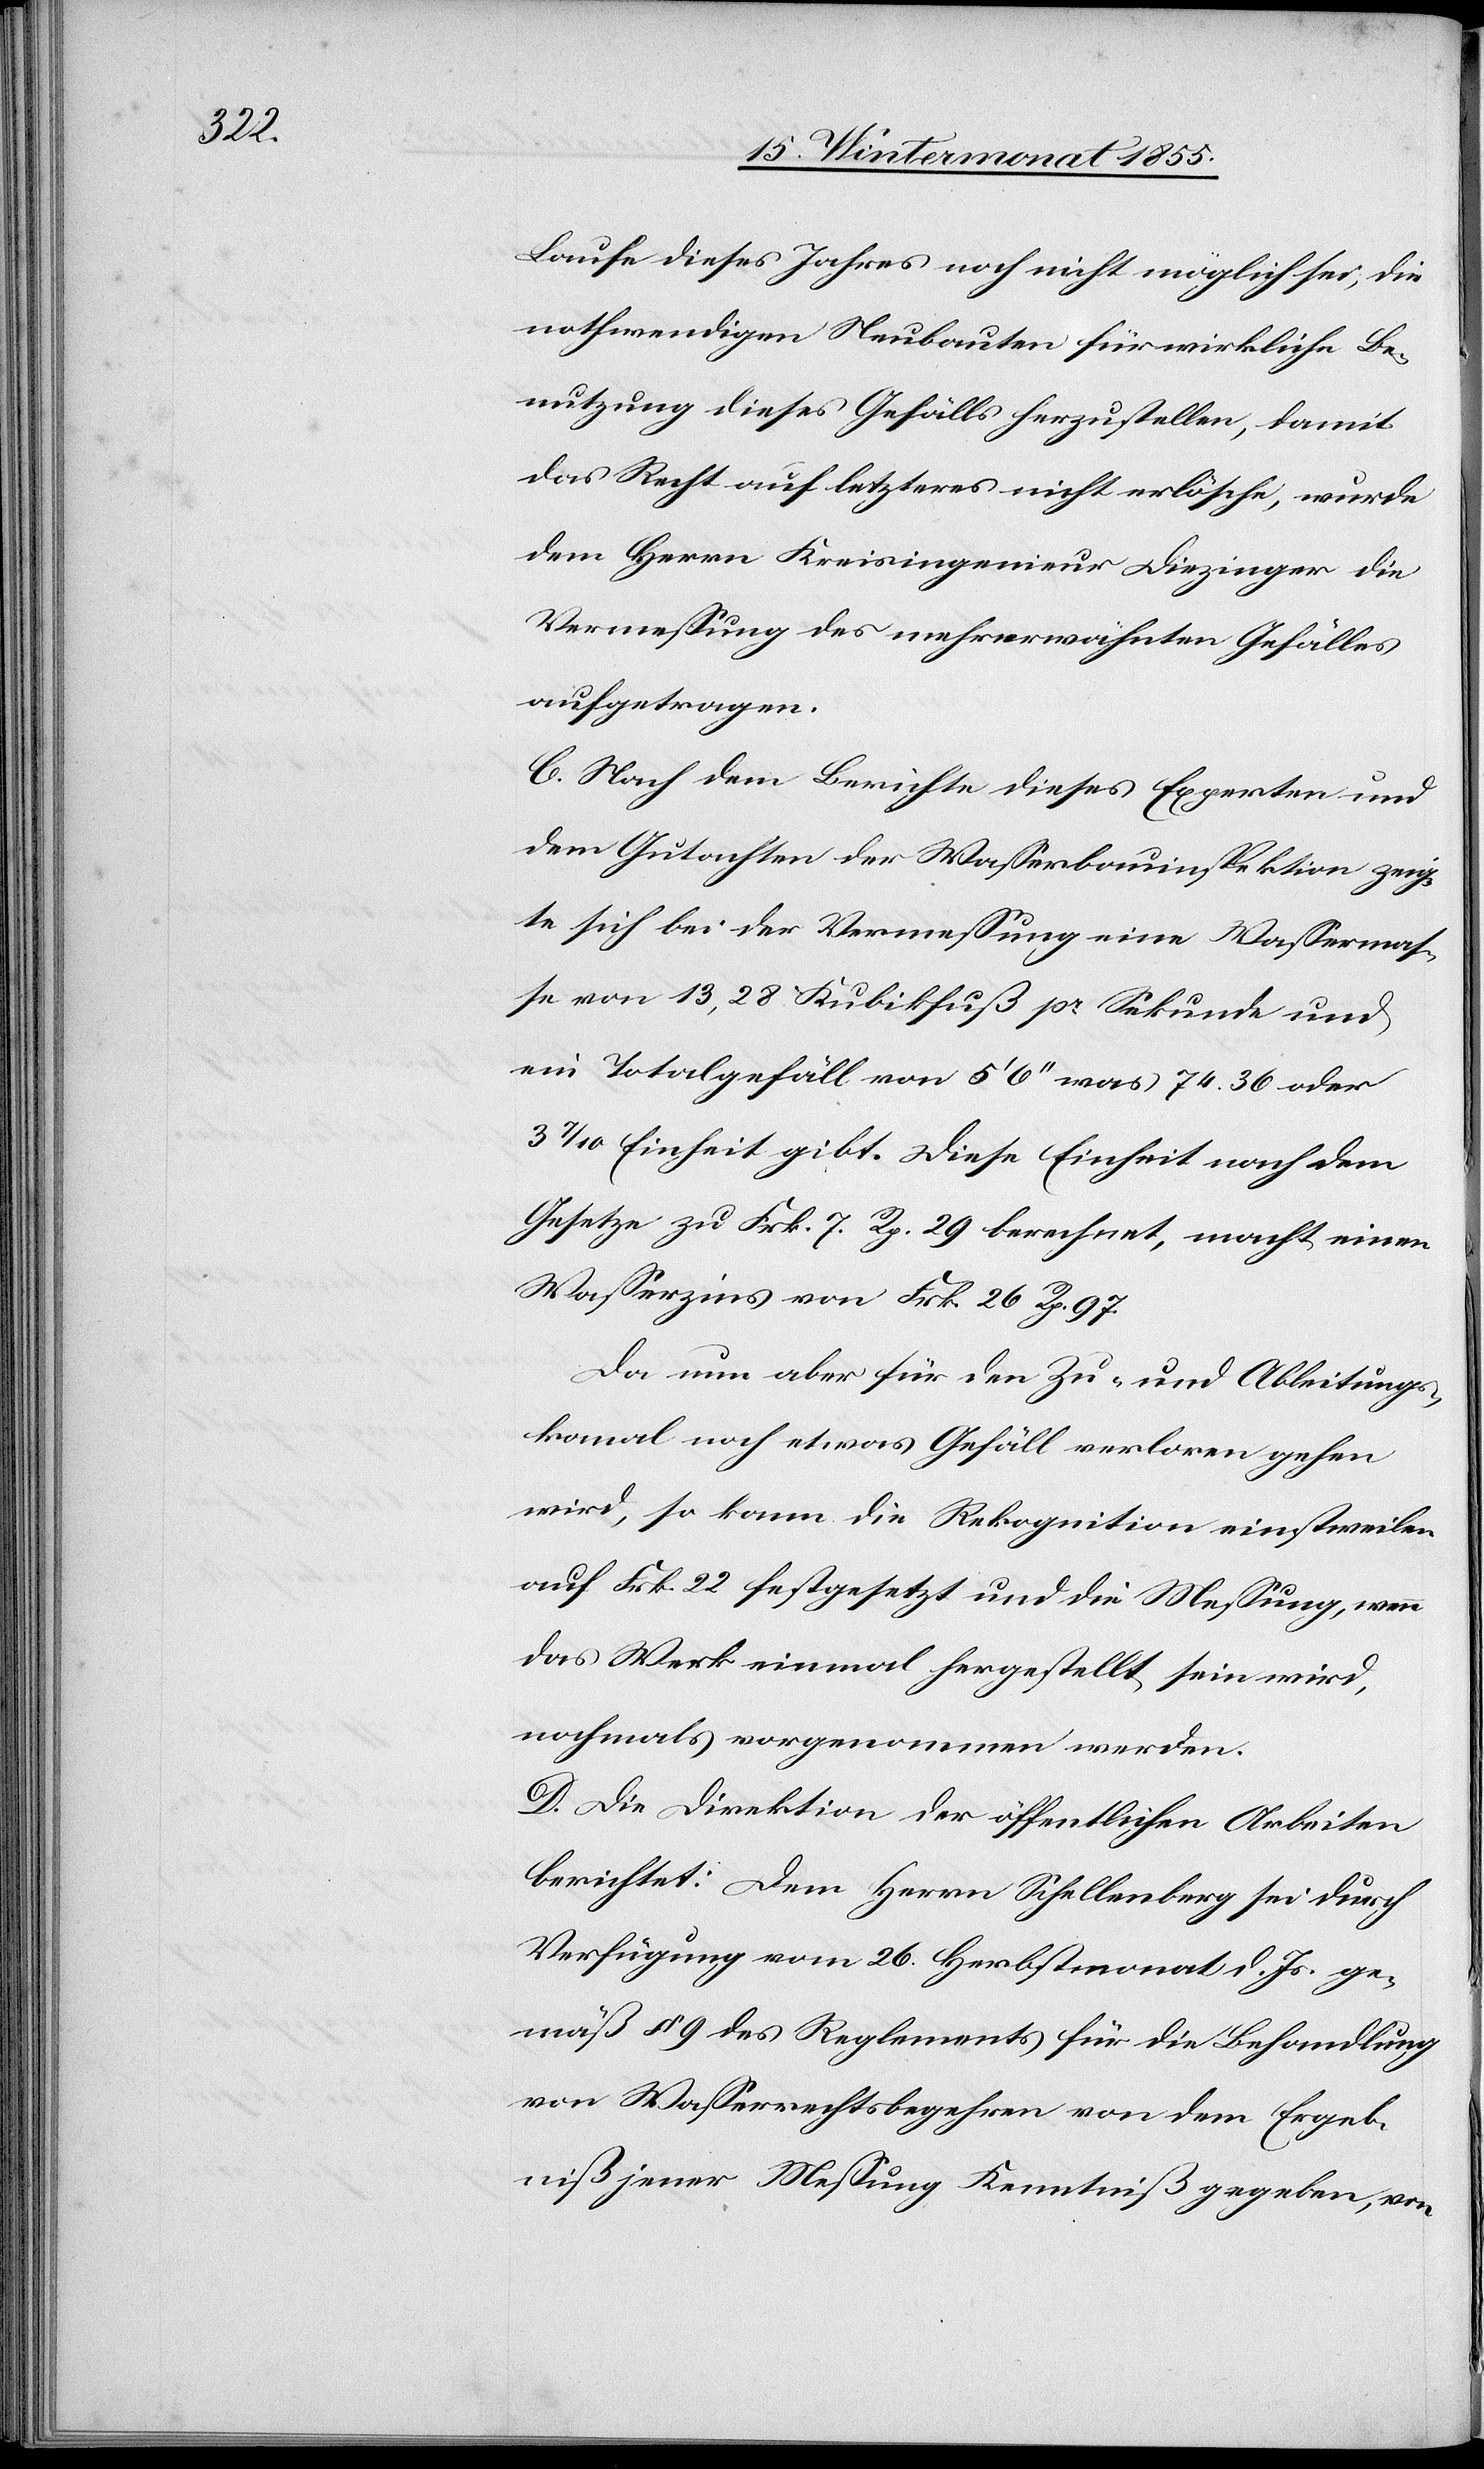
Laufe dieses Jahres noch nicht möglich sei, die
nothwendigen Neubauten für wirkliche Be¬
nutzung dieses Gefälls herzustellen, damit
das Recht auf letzteres nicht erlösche, wurde
dem Herrn Kreisingenieur Diezinger die
Vermessung des mehrerwähnten Gefälles
aufgetragen.
C. Nach dem Berichte dieses Experten und
dem Gutachten der Wasserbauinspektion zeig¬
te sich bei der Vermessung eine Wassermas¬
se von 13,28 Kubikfuß pr. Sekunde und
ein Totalgefäll von 5‘ 6‘‘ was 74.36 oder
3 7/10 Einheit gibt. Diese Einheit nach dem
Gesetze zu Frk. 7. Rp. 29 berechnet, macht einen
Wasserzins von Frk. 26 Rp. 97.
Da nun aber für den Zu- und Ableitungs¬
kanal noch etwas Gefäll verloren gehen
wird, so kann die Rekognition einstweilen
auf Frk. 22 festgesetzt und die Messung, wenn
das Werk einmal hergestellt sein wird,
nochmals vorgenommen werden.
D. Die Direktion der öffentlichen Arbeiten
berichtet: Dem Herrn Schellenberg sei durch
Verfügung vom 26. Herbstmonat d. Js. ge¬
mäß § 9 des Reglements für die Behandlung
von Wasserrechtsbegehren von dem Ergeb¬
niß jener Messung Kenntniß gegeben, von